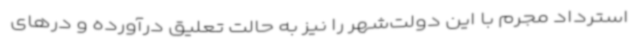
استرداد مجرم با این دولت‌شهر را نیز به حالت تعلیق درآورده و درهای